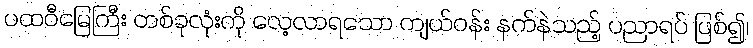
ပထဝီမြေကြီး တစ်ခုလုံးကို လေ့လာရသော ကျယ်ဝန်း နက်နဲသည့် ပညာရပ် ဖြစ်၍၊